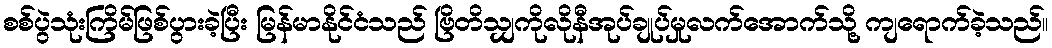
စစ်ပွဲသုံးကြိမ်ဖြစ်ပွားခဲ့ပြီး မြန်မာနိုင်ငံသည် ဗြိတိသျှကိုလိုနီအုပ်ချုပ်မှုလက်အောက်သို့ ကျရောက်ခဲ့သည်။